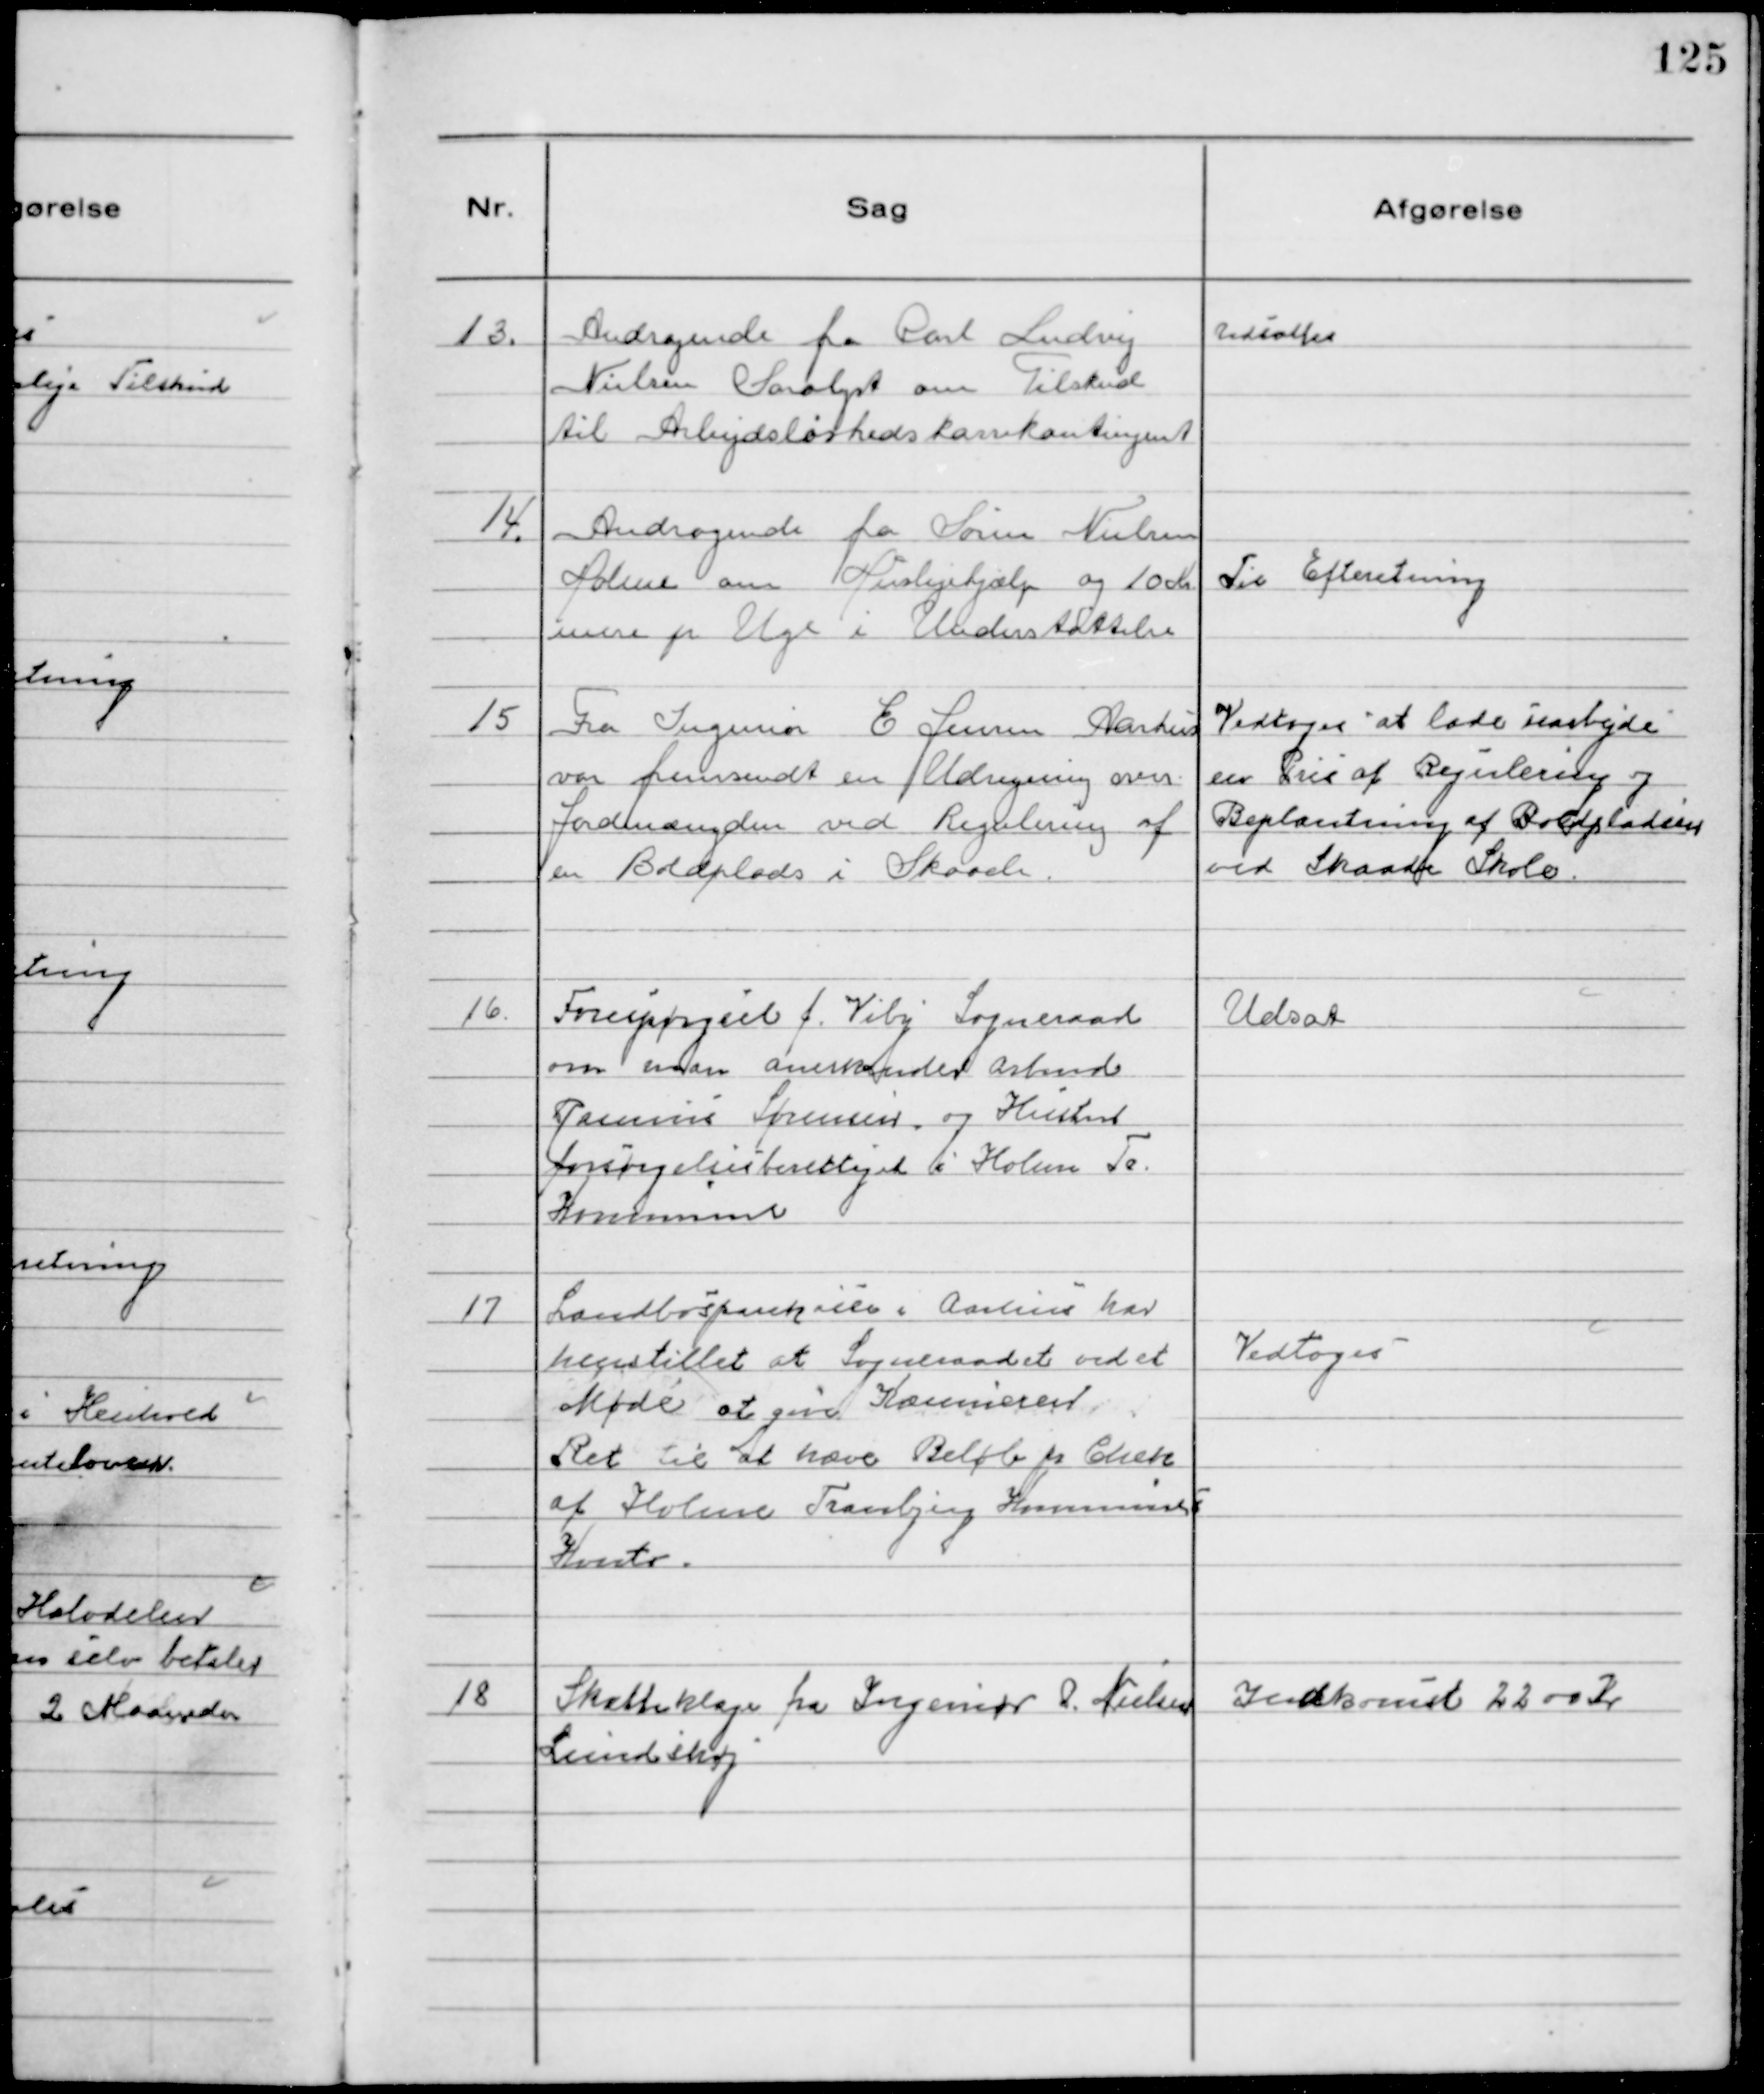
Transskription:
13.
Andragende fra Carl Ludvig
Nielsen Saralyst om Tilskud
til Arbejdsløshedskassekontingent

Udsattes

14.
Andragende fra Søren Nielsen
Holme om Huslejehjælp og 10 Kr
mere pr Uge i Understøttelse

Til Efteretning

15
Fra Ingeniør E Jensen Aarhus
var fremsendt en Udregning over
Jordmængden ved Regulering af
en Boldplads i Skaade.

Vedtoges "at lade uarbejde"
en Pris af Regulering og
Beplantning af Boldpladsen
ved Skaade Skole.

16.
Forespørgsel f. Viby Sogneraad
om man anerkender Arbmd
Rasmus Sørensen og Hustru
forsørgelsesberettiget i Holme Tr.
Kommune

Udsat

17
Landbosparekasen i Aarhus har
henstillet at Sogneraadet ved et
Møde at give Kommieren
Ret til at hæve Beløb pr Chek
af Holme Tranbjerg Kommunes
Konto.

Vedtoges

18
Skatteklage fra Ingeniør P. Nielsen
Lundshøj

Indkomst 2200 Kr